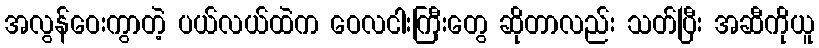
အလွန်ဝေးကွာတဲ့ ပယ်လယ်ထဲက ဝေလငါးကြီးတွေ ဆိုတာလည်း သတ်ပြီး အဆီကိုယူ